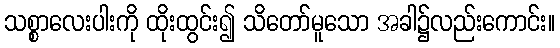
သစ္စာလေးပါးကို ထိုးထွင်း၍ သိတော်မူသော အခါ၌လည်းကောင်း။